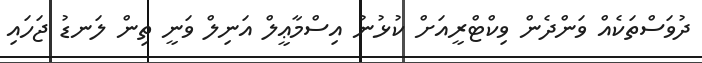
ދުވަސްތަކެއް ވަންދެން ވިކްޓްރީއަށް ކުޅުނު އިސްމާޢީލް އަނިލް ވަނީ ތިން ލަނޑު ޖަހައި